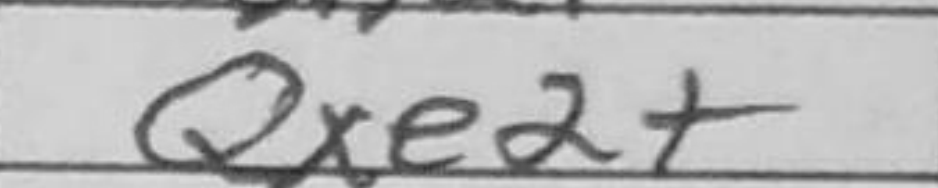
Transcription: Qxe2+